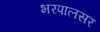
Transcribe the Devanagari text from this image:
भरपालसर